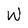
Character: w